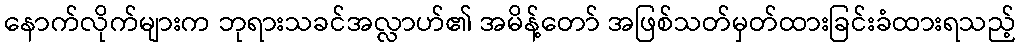
နောက်လိုက်များက ဘုရားသခင်အလ္လာဟ်၏ အမိန့်တော် အဖြစ်သတ်မှတ်ထားခြင်းခံထားရသည့်